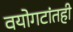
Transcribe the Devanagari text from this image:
वयोगटांतही